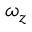
\omega _ { z }